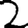
Digit: 2